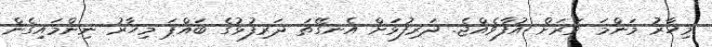
މިހާރު މަންމަ ވަރަށް އުފާވެއްޖެ. ދަރިފުޅަށް އެނގޭތަ ދަރިފުޅުގެ ބައްޕަ މިހާރު ނިންމައިގެން